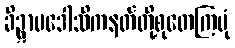
ခိဍ္ဋာပဒေါသိကနတ်တို့စုတေကြပုံ